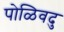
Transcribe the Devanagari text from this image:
पोळिवदु